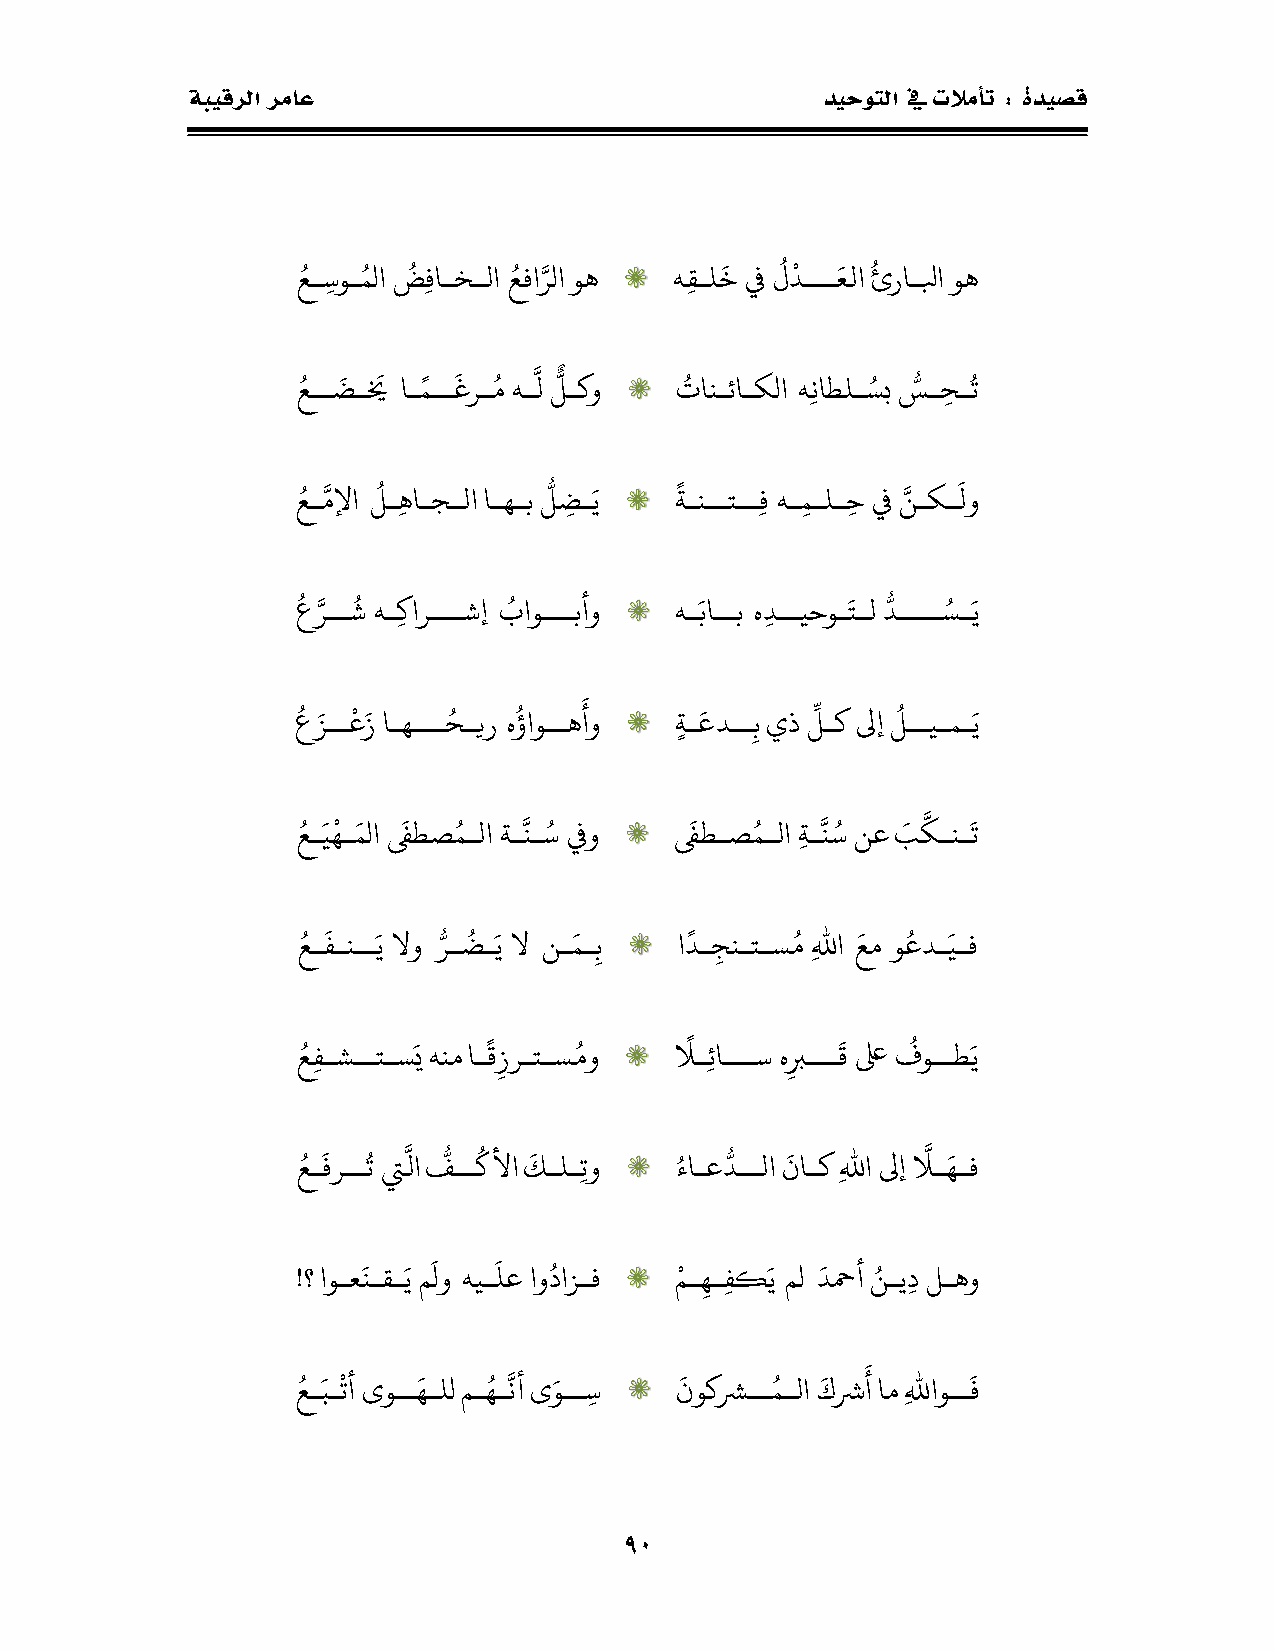
ةبيقرلا رماع                               ديحوتلا في تلامأت : ةديصق
 ْ
 عـ سِ وـ ملا ض ِفاـخـلا عفا رلا وهـ ه قِ ـل خ في ل دـــ علا ئراـلبا وهـ
 ٌّ
 عــ َـ ي اـ مــ غرـم هـ ل لـكو تانـئاـكلا هِ ناطلـ سب سـ حِ ـ ت
 عـ ملإا لـ هـِ اـجـلا اـهـب لَِ ـ ي ةـنــتــ ِف هـ مِ ـلـحـِ في نـكـ لو
 ع رــ ش هـ كِ ارـــشإ باوـــبأو هـ باــب ه دِ ــيحـوـ تـل دــــ سـ ي
 ْ
 ع زــ ع ز اـهـــحـير ه ؤاوــهـ أو ة ـ عدــ
 ِ
 ب يذ لـك لىإ لــيـمـ ي
 ْ
 عـي هـملا فطص مـلا ةـ نـس فيو فطـص مـلا ةِ ـ نس نع ب كـنـ ت
 عـ فـنــ ي لاو رـ َـ ي لا نـ مـ
 ِ
 ب     ا دـ ج
 ِ
 نـتـس م للِ ا عم و عدـ يـف
 ع فِ ـشــتـس ي هنم اـ ق زرـتـس مو لـِ ئاـــس ه بـــ ق على فوــط ي
 ِ                  ِ
 عـ فرــ ت تي لا فــ كلا كـلـ ِتو ءاـع دــلا ناـك للِ ا لىإ لـ هـف
 ْ
 !؟ اوـع نـقـ ي م لو هيـ لع او دازـف مـ ه
 ِ
 ـ فِ ك ي مل دحمأ نـي دِ لـهـو
 ْ
 عـ بـ تأ ىوــ هـلل مـ هـ نن ى وــ سِ نوكشرــ مـلا كشر أ ام للِ اوــ ف
 89